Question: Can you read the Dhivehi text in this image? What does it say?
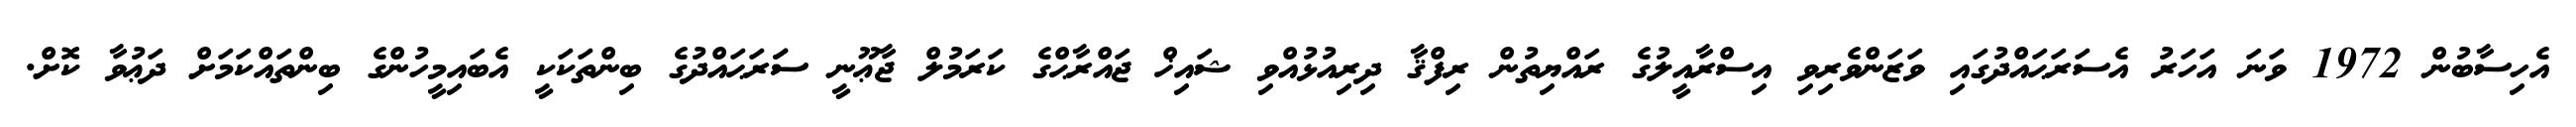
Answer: އެހިސާބުން 1972 ވަނަ އަހަރު އެސަރަޙައްދުގައި ވަޒަންވެރިވި އިސްރާއީލުގެ ރައްޔިތުން ރިފްޤާ ދިރިއުޅުއްވި ޝައިޚް ޖައްރާޙްގެ ކަރަމުލް ޖާޢޫނީ ސަަރަޙައްދުގެ ބިންތަކަކީ އެބައިމީހުންގެ ބިންތައްކަމަށް ދަޢުވާ ކޮށް.